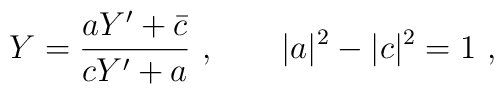
Y = {aY' +\bar c \over cY' + a} \ , \qquad |a|^2 - |c|^2 = 1 \ ,